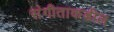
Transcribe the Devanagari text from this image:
संगीताकडील